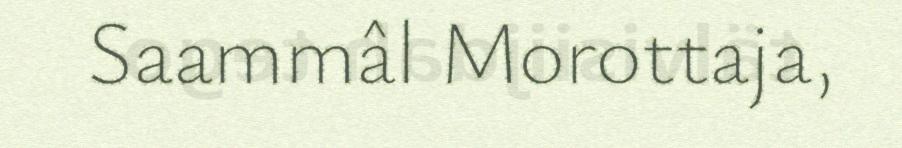
Saammâl Morottaja,